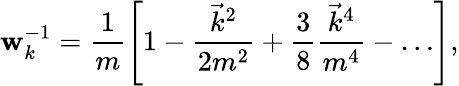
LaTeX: \mathbf{w}_{k}^{-1}=\frac{1}{m}\left[1-\frac{{\vec{{k}}^{2}}}{{2m^{2}}}+\frac{3}{8}\frac{{\vec{{k}}^{4}}}{{m^{4}}}-\ldots\right],